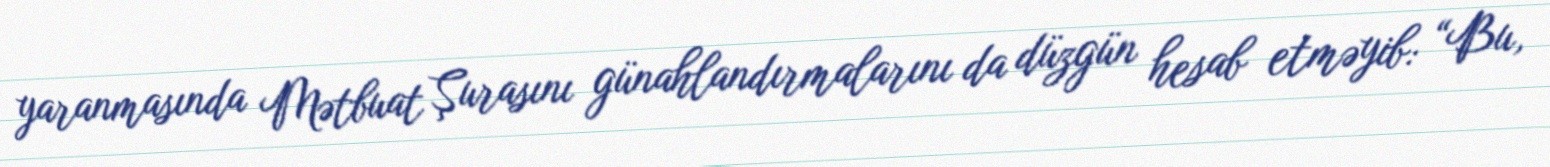
yaranmasında Mətbuat Şurasını günahlandırmalarını da düzgün hesab etməyib: “Bu,